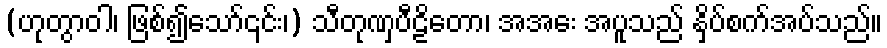
(ဟုတွာဝါ၊ ဖြစ်၍သော်၎င်း၊) သီတုဏှပီဠိတော၊ အအေး အပူသည် နှိပ်စက်အပ်သည်။